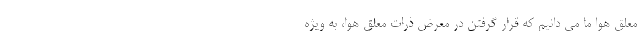
معلق هوا ما می دانیم که قرار گرفتن در معرض ذرات معلق هوا، به ویژه